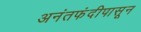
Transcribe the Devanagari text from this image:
अनंतफंदीपासून